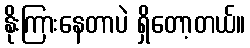
နိုးကြားနေတာပဲ ရှိတော့တယ်။